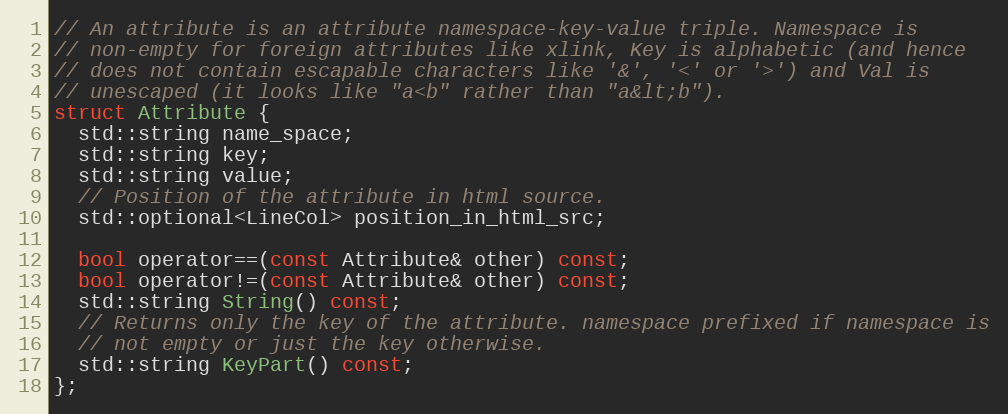
Language: C
// An attribute is an attribute namespace-key-value triple. Namespace is
// non-empty for foreign attributes like xlink, Key is alphabetic (and hence
// does not contain escapable characters like '&', '<' or '>') and Val is
// unescaped (it looks like "a<b" rather than "a&lt;b").
struct Attribute {
  std::string name_space;
  std::string key;
  std::string value;
  // Position of the attribute in html source.
  std::optional<LineCol> position_in_html_src;

  bool operator==(const Attribute& other) const;
  bool operator!=(const Attribute& other) const;
  std::string String() const;
  // Returns only the key of the attribute. namespace prefixed if namespace is
  // not empty or just the key otherwise.
  std::string KeyPart() const;
};